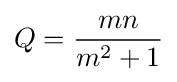
Q={\frac {mn}{m^{2}+1}}